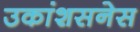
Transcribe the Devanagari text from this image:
उकांशसनेस